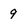
Character: 9